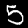
Label: 5